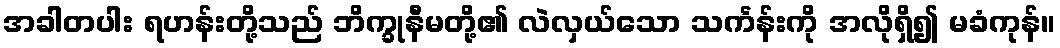
အခါတပါး ရဟန်းတို့သည် ဘိက္ခုနီမတို့၏ လဲလှယ်သော သင်္ကန်းကို အလိုရှိ၍ မခံကုန်။